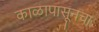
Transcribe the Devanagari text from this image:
काळापासूनचा